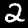
Digit: 2